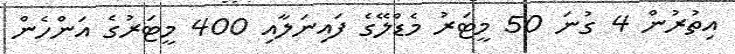
އިތުރުން 4 ގުނަ 50 މީޓަރު މެޑްލޭގެ ފައިނަލާއި 400 މީޓަރުގެ އަންހެން